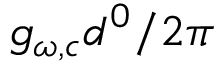
g _ { \omega , c } d ^ { 0 } / 2 \pi